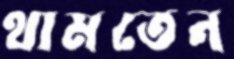
থামতেন